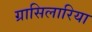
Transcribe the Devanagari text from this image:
ग्रासिलारिया